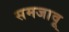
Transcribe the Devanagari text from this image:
समजावू